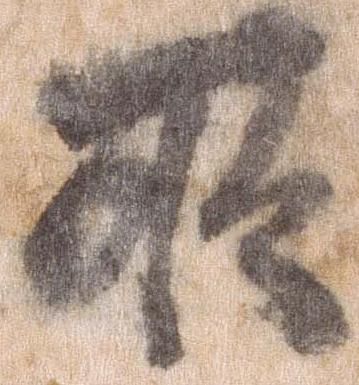
所